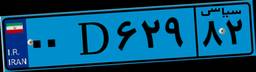
۰۰D۶۲۹۸۲